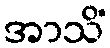
အာသိံ